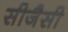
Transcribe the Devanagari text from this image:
सीजैसी